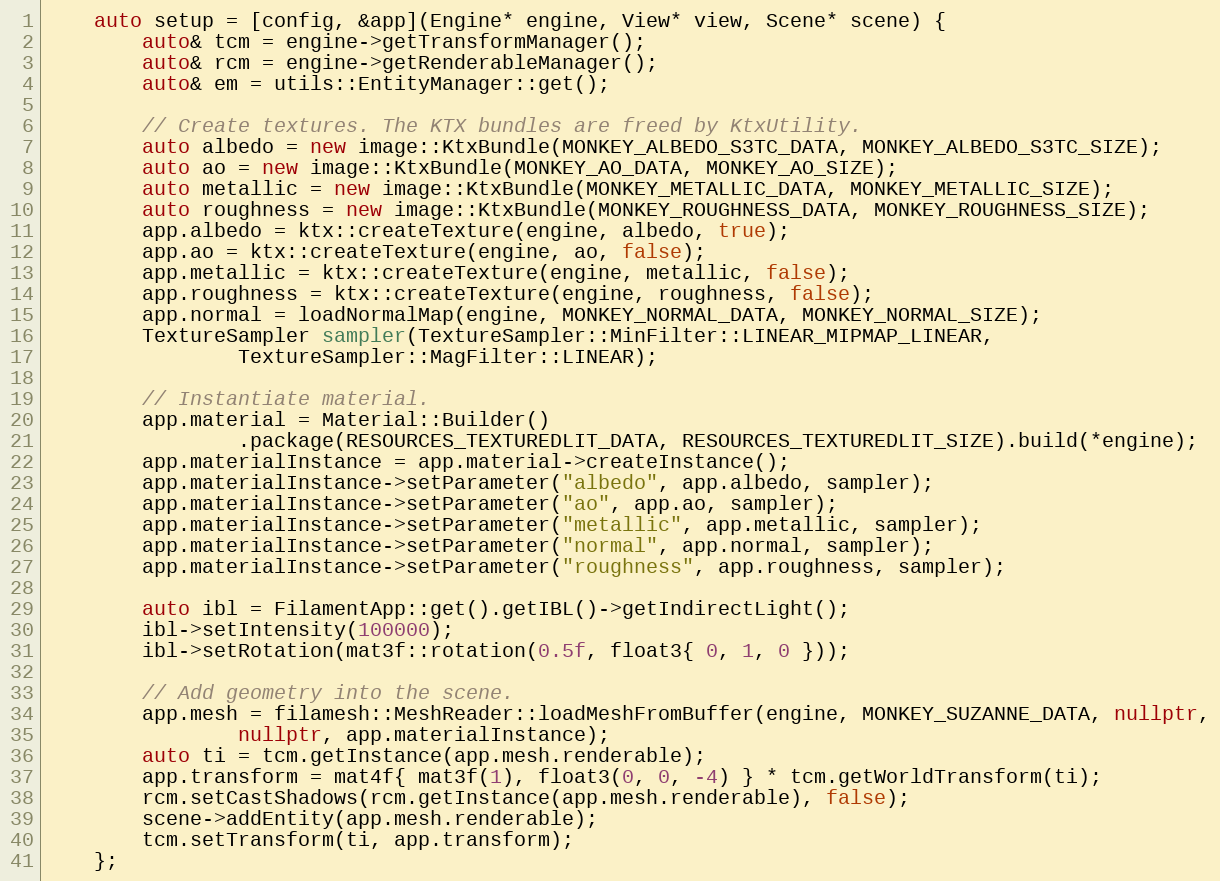
Language: C++
    auto setup = [config, &app](Engine* engine, View* view, Scene* scene) {
        auto& tcm = engine->getTransformManager();
        auto& rcm = engine->getRenderableManager();
        auto& em = utils::EntityManager::get();

        // Create textures. The KTX bundles are freed by KtxUtility.
        auto albedo = new image::KtxBundle(MONKEY_ALBEDO_S3TC_DATA, MONKEY_ALBEDO_S3TC_SIZE);
        auto ao = new image::KtxBundle(MONKEY_AO_DATA, MONKEY_AO_SIZE);
        auto metallic = new image::KtxBundle(MONKEY_METALLIC_DATA, MONKEY_METALLIC_SIZE);
        auto roughness = new image::KtxBundle(MONKEY_ROUGHNESS_DATA, MONKEY_ROUGHNESS_SIZE);
        app.albedo = ktx::createTexture(engine, albedo, true);
        app.ao = ktx::createTexture(engine, ao, false);
        app.metallic = ktx::createTexture(engine, metallic, false);
        app.roughness = ktx::createTexture(engine, roughness, false);
        app.normal = loadNormalMap(engine, MONKEY_NORMAL_DATA, MONKEY_NORMAL_SIZE);
        TextureSampler sampler(TextureSampler::MinFilter::LINEAR_MIPMAP_LINEAR,
                TextureSampler::MagFilter::LINEAR);

        // Instantiate material.
        app.material = Material::Builder()
                .package(RESOURCES_TEXTUREDLIT_DATA, RESOURCES_TEXTUREDLIT_SIZE).build(*engine);
        app.materialInstance = app.material->createInstance();
        app.materialInstance->setParameter("albedo", app.albedo, sampler);
        app.materialInstance->setParameter("ao", app.ao, sampler);
        app.materialInstance->setParameter("metallic", app.metallic, sampler);
        app.materialInstance->setParameter("normal", app.normal, sampler);
        app.materialInstance->setParameter("roughness", app.roughness, sampler);

        auto ibl = FilamentApp::get().getIBL()->getIndirectLight();
        ibl->setIntensity(100000);
        ibl->setRotation(mat3f::rotation(0.5f, float3{ 0, 1, 0 }));

        // Add geometry into the scene.
        app.mesh = filamesh::MeshReader::loadMeshFromBuffer(engine, MONKEY_SUZANNE_DATA, nullptr,
                nullptr, app.materialInstance);
        auto ti = tcm.getInstance(app.mesh.renderable);
        app.transform = mat4f{ mat3f(1), float3(0, 0, -4) } * tcm.getWorldTransform(ti);
        rcm.setCastShadows(rcm.getInstance(app.mesh.renderable), false);
        scene->addEntity(app.mesh.renderable);
        tcm.setTransform(ti, app.transform);
    };